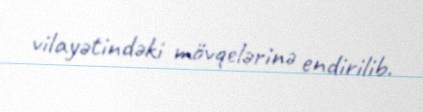
vilayətindəki mövqelərinə endirilib.